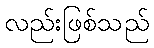
လည်းဖြစ်သည်